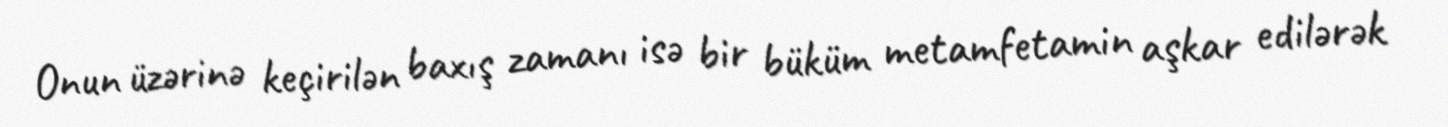
Onun üzərinə keçirilən baxış zamanı isə bir büküm metamfetamin aşkar edilərək